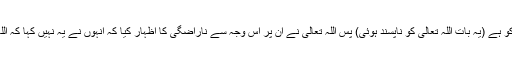
انہوں نے کہا کہ مجھ کو ہے (یہ بات اللہ تعالیٰ کو ناپسند ہوئی) پس اللہ تعالیٰ نے ان پر اس وجہ سے ناراضگی کا اظہار کیا کہ انہوں نے یہ نہیں کہا کہ اللہ تعالیٰ خوب جانتا ہے۔